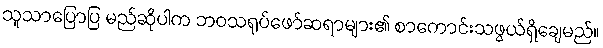
သူသာပြောပြ မည်ဆိုပါက ဘဝသရုပ်ဖော်ဆရာများ၏ စာကောင်းသဖွယ်ရှိချေမည်။